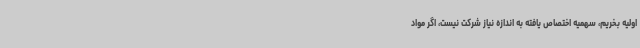
اولیه بخریم، سهمیه اختصاص یافته به اندازه نیاز شرکت نیست، اگر مواد